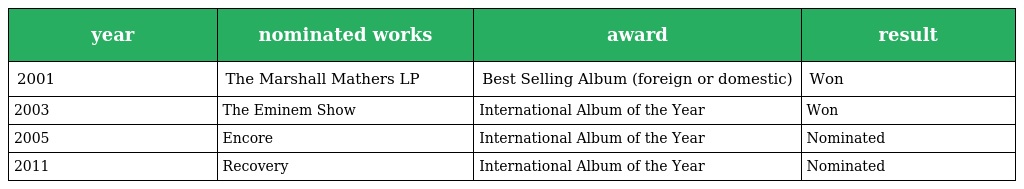
| year | nominated works | award | result |
 | --- | --- | --- | --- |
 | 2001 | The Marshall Mathers LP | Best Selling Album (foreign or domestic) | Won |
 | 2003 | The Eminem Show | International Album of the Year | Won |
 | 2005 | Encore | International Album of the Year | Nominated |
 | 2011 | Recovery | International Album of the Year | Nominated |